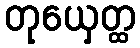
တုယှေတ္ထ